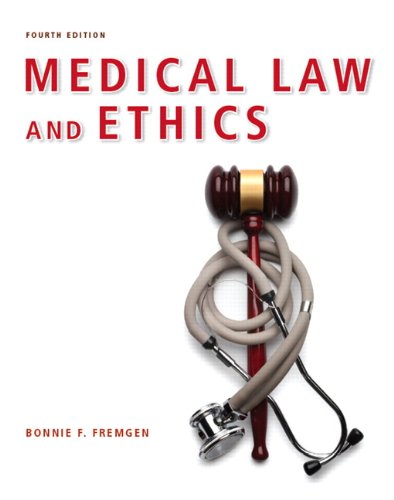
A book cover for Medical Law and Ethics (4th Edition); Bonnie F. Fremgen; Medical Books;